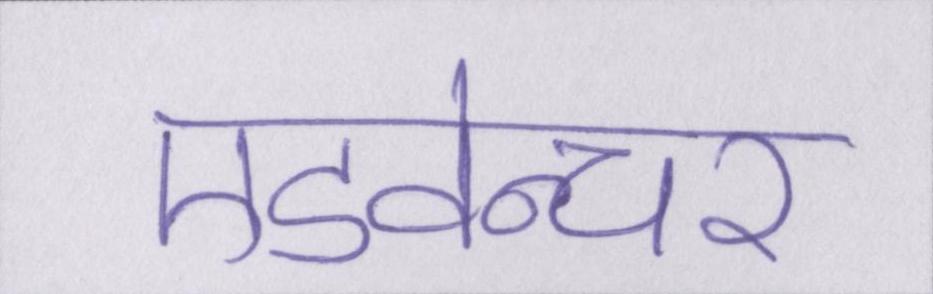
एडवेन्चर